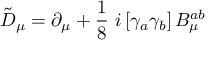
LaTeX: \tilde { D } _ { \mu } = \partial _ { \mu } + \frac { 1 } { 8 } \ i \left[ \gamma _ { a } \gamma _ { b } \right] B _ { \mu } ^ { a b }